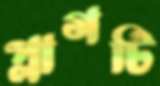
প্লাগটি